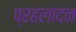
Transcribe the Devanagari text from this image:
प्रहलादन